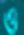
ও